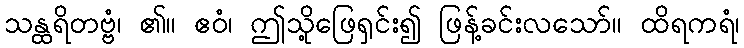
သန္ထရိတဗ္ဗံ၊ ၏။ ဧဝံ၊ ဤသို့ဖြေရှင်း၍ ဖြန့်ခင်းလသော်။ ထိရကရံ၊